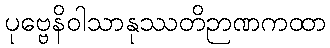
ပုဗ္ဗေနိဝါသာနုဿတိဉာဏကထာ